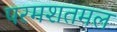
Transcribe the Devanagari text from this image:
परमशतमल